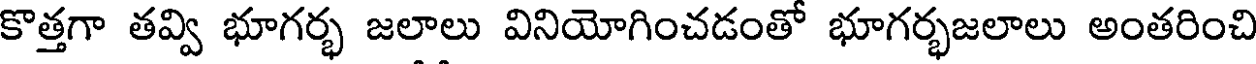
కొత్తగా తవ్వి భూగర్భ జలాలు వినియోగించడంతో భూగర్భజలాలు అంతరించి